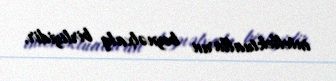
intellektualların beynəlxalq birliyidir.